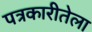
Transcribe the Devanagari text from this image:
पत्रकारीतेला